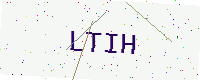
Text: LTIH